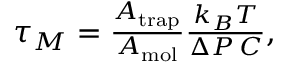
\begin{array} { r } { \tau _ { M } = \frac { A _ { \mathrm { t r a p } } } { A _ { \mathrm { m o l } } } \frac { k _ { B } T } { \Delta P \, C } , } \end{array}